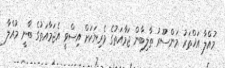
މުއްލާ އަޚްތަރު މަންސޫރު ތާލިބާން ޖަމާއަތުގެ ވެރިޔަކަށް އިސްވީ އެޖަމާއަތުގެ ބާނީ މުއްލާ